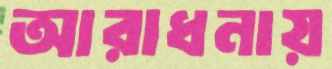
আরাধনায়